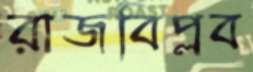
রাজবিপ্লব